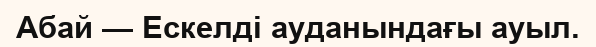
Абай — Ескелді ауданындағы ауыл.